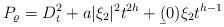
LaTeX: \begin{align*}P_\varrho=D_t^2 +a|\xi_2|^2t^{2h}+\b(0)\xi_2 t^{h-1}\end{align*}